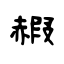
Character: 赮